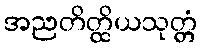
အညတိတ္ထိယသုတ္တံ